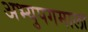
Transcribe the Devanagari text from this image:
अभ्युपगमाला